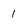
Character: 1